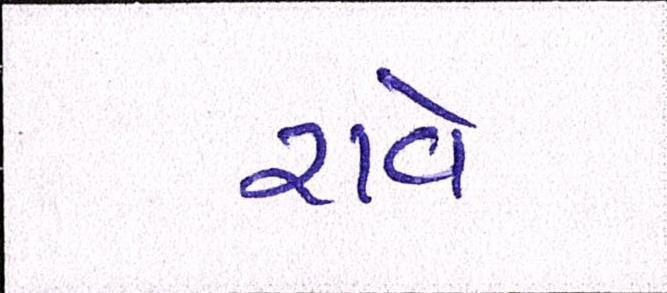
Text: રાવે